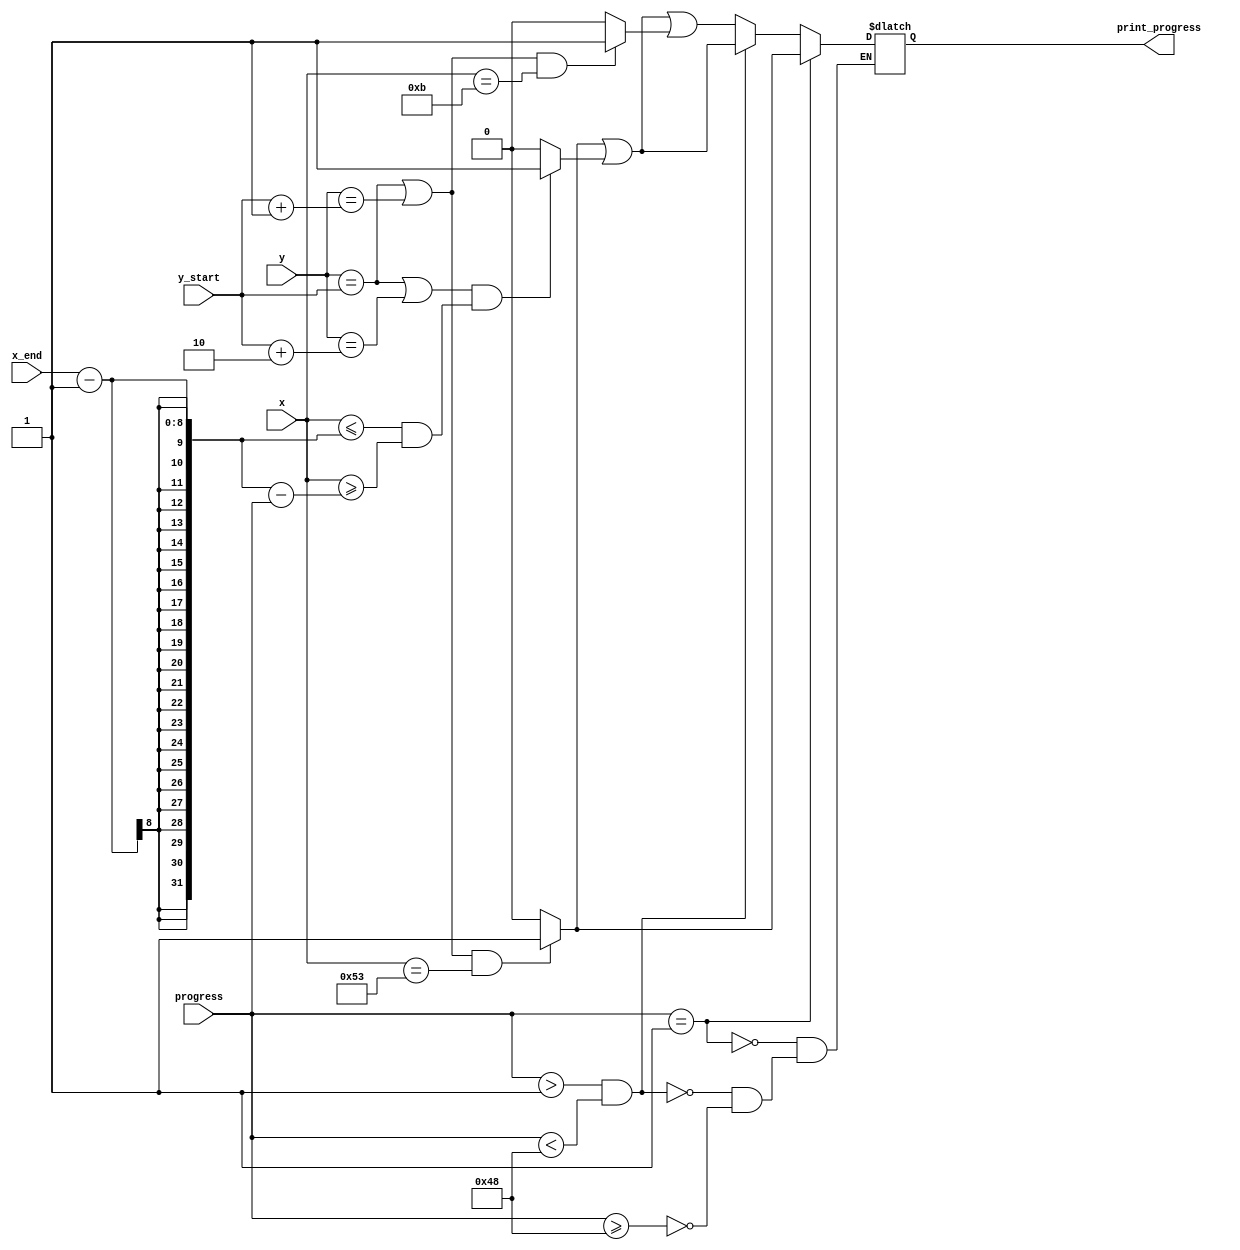
`timescale 1ns / 1ps
//////////////////////////////////////////////////////////////////////////////////

//////////////////////////////////////////////////////////////////////////////////


module print_progress(
	input [7:0] x, y, x_end, y_start, progress,
	output reg print_progress
    );
	
	wire print_1, print_72;
	assign print_1 = ((y == y_start || y == y_start + 1) && x == 83) ? 1 : 0;
	assign print_72 = ((y == y_start || y == y_start + 1) && x == 11) ? 1: 0;
	assign print_middle = ((y == y_start || y == y_start + 2) && (x <= x_end - 1 && x >= x_end - 1 - progress)) ? 1 : 0 ;
	
	always @(*)
	begin
		if (progress == 1) print_progress <= print_1;
		else if (progress > 1 && progress < 72) print_progress <=  (print_1 || print_middle);
		else if (progress >= 72) print_progress <= (print_1 || print_middle || print_72);
	end
	
endmodule